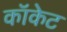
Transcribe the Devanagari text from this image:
कॉकेट